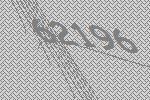
62196